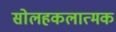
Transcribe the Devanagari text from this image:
सोलहकलात्मक